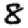
Digit: 8